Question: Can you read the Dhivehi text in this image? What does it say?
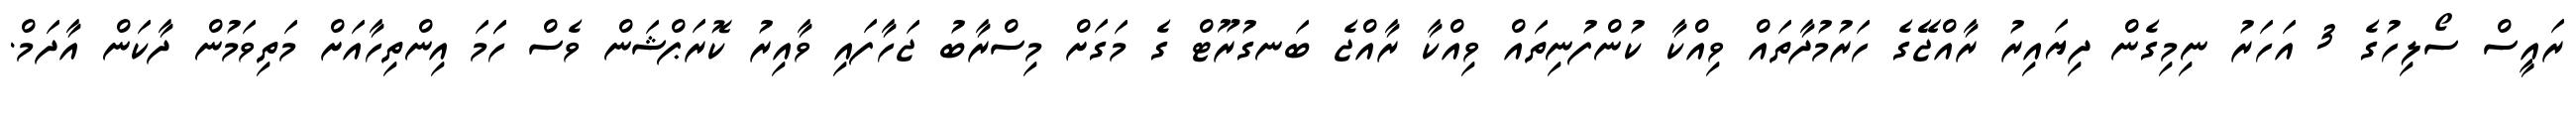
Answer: ރައީސް ސޯލިހުގެ 3 އަހަރު ނިމިގެން ދިޔައިރު ރާއްޖޭގެ ހަރުމުދާތައް ވިއްކާ ކުންފުނިތައް ވިއްކާ ރާއްޖެ ބަނގުރޫޓް ގެ މަގަށް މިސްރާބު ޖަހާފައި ވާއިރު ކޮރަޕްޝަން ވެސް ހަަމަ އިންތިހާއަށް މަތިވަމުން ދާކަން އާދަމް.